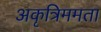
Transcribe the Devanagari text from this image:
अकृत्रिममता